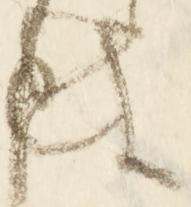
は